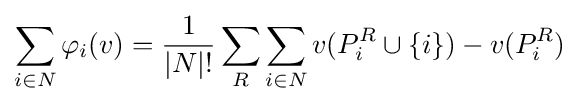
\sum _{i\in N}\varphi _{i}(v)={\frac {1}{|N|!}}\sum _{R}\sum _{i\in N}v(P_{i}^{R}\cup \left\{i\right\})-v(P_{i}^{R})